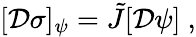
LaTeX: [{\cal D}\sigma]_{\psi}=\tilde{J}[{\cal D}\psi]\ ,